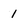
Character: 1